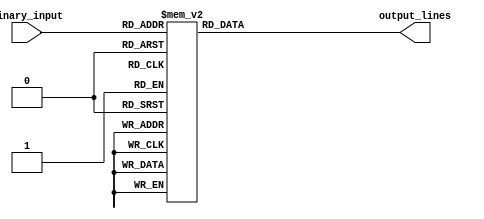
module binary_decoder #(
  parameter N = 3  // number of input bits
)(
  input [N-1:0] binary_input,
  output reg [2**N-1:0] output_lines
);

always @* begin
  case (binary_input)
    3'b000: output_lines = 1'b1;
    3'b001: output_lines = 1'b10;
    3'b010: output_lines = 1'b100;
    3'b011: output_lines = 1'b1000;
    3'b100: output_lines = 1'b10000;
    3'b101: output_lines = 1'b100000;
    3'b110: output_lines = 1'b1000000;
    3'b111: output_lines = 1'b10000000;
    default: output_lines = 1'b0; // default all outputs low
  endcase
end

endmodule